Mental hospitals Bombay report 1929-33 - 1929-1933
Year: 1929
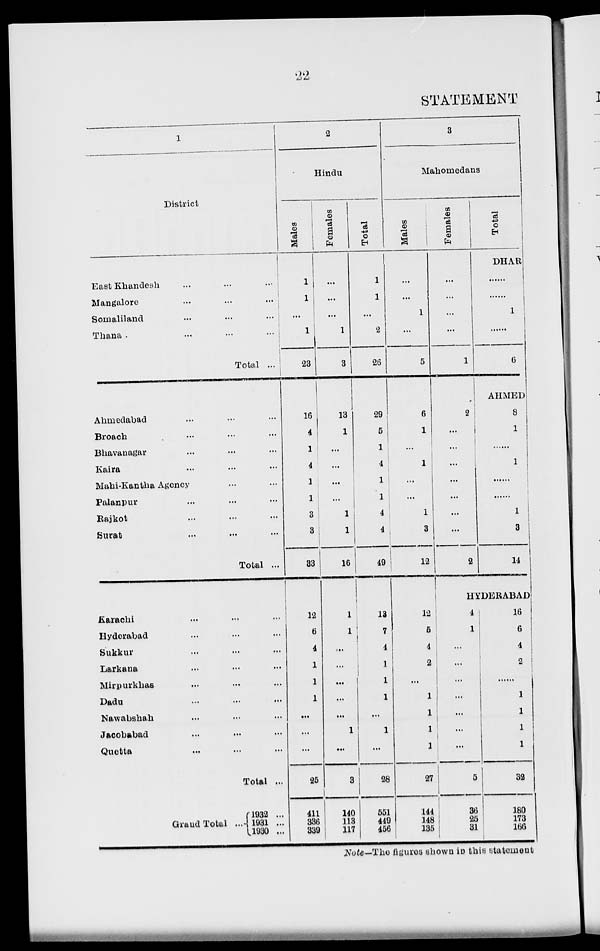
22
STATEMENT
1
District
East Khandesh ... ...
Mangalore
...
...
Somaliland ... ...
Thana ... ...
Total ...
Amedabad ... ... ...
Broach ... ... ...
Bhavanagar ... ... ...
Kaira
...
...
...
Mahi-Kantha Agency ... ...
Palanpur ... ... ...
Rajkot ... ... ...
Surat ... ... ...
Total ...
Karachi ... ... ...
Hyderabad ... ... ...
Sukkur ... ... ...
Larkana ... ... ...
Mirpurkhas ... ... ...
Dadu ... ... ...
Nawabshah ... ... ...
Jacobabad ... ... ...
Quetta ... ... ...
Total ...
Grand Total ...
1932 ...
1931 ...
1930 ...
2
Hindu
Males
1
1
...
1
23
16
4
1
4
1
1
3
3
33
12
6
4
1
1
1
...
...
...
25
411
336
339
Females
...
...
...
1
3
13
1
...
...
...
...
1
1
16
1
1
...
...
..
...
...
1
...
3
140
113
117
Total
1
1
...
2
26
29
5
1
4
1
1
4
4
49
13
7
4
1
1
1
...
1
...
28
551
449
456
3
Mahomedans
Males
...
...
1
...
5
6
1
...
1
...
...
1
3
12
12
5
4
2
...
1
1
1
1
27
144
148
135
Females
...
...
...
...
1
2
...
...
...
...
...
...
...
2
Total
DHAR
......
......
1
......
6
AHMED
8
1
......
1
......
......
1
3
14
HYDERABAD
4
1
...
...
...
...
...
......
...
5
36
25
31
16
6
4
2
......
1
1
1
1
32
180
173
166
Note—The figures shown in this statement